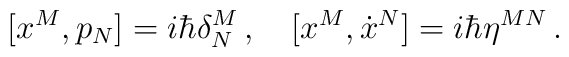
[x^{M}, p_{N}]=i\hbar\delta^{M}_{N}\,,\quad[x^{M}, \dot{x}^{N}]=i\hbar\eta^{MN}\,.